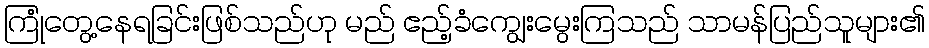
ကြုံတွေ့နေရခြင်းဖြစ်သည်ဟု မည် ဧည့်ခံကျွေးမွေးကြသည် သာမန်ပြည်သူများ၏